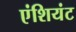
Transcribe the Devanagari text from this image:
एंशियंट